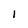
Character: 1